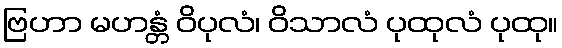
ဗြဟာ မဟန္တံ ဝိပုလံ၊ ဝိသာလံ ပုထုလံ ပုထု။